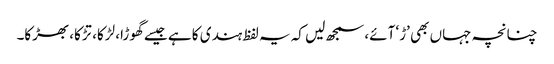
چنانچہ جہاں بھی ’ڑ‘ آئے، سمجھ لیں کہ یہ لفظ ہندی کا ہے جیسے گھوڑا، لڑکا، تڑکا، بھڑکا۔